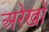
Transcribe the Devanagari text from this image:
अरेखों